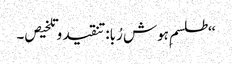
‘‘طلسم ِہوش رُبا:تنقید و تلخیص۔